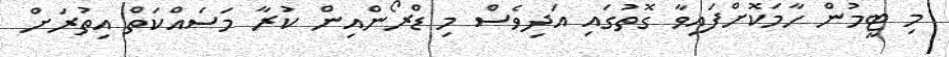
މި ޓީމުން ހާމަކޮށްފައިވާ ގޮތުގައި އަދިވެސް މި ޑްރޯންއިން ކުރާ މަސައްކަތް އިތުރަށް